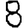
Digit: 8